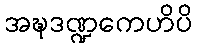
အဍ္ဎဒဏ္ဍကေဟိပိ